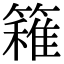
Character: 𥴢